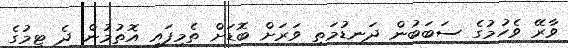
ވާރޭ ވެހުމުގެ ސަބަބުން ދަނޑުމަތި ވަރަށް ބޮޑަށް ތެމިފައި އޮތުމުން ދެ ޓީމުގެ